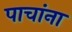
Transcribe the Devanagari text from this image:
पाचांना